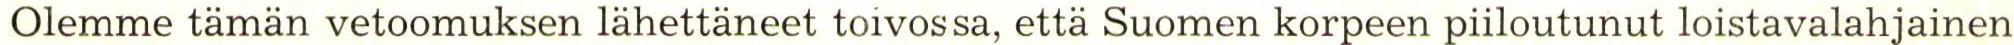
Olemme tämän vetoomuksen lähettäneet toivossa, että Suomen korpeen piiloutunut loistavalahjainen